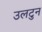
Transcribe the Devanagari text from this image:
उलटुन